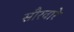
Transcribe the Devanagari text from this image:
सौरवारे